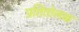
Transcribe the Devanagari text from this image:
प्रतितोलक